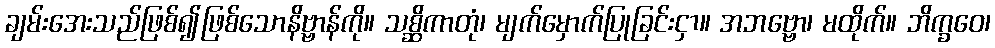
ချမ်းအေးသည်ဖြစ်၍ဖြစ်သောနိဗ္ဗာန်ကို။ သစ္ဆိကာတုံ၊ မျက်မှောက်ပြုခြင်းငှာ။ အဘဗ္ဗော၊ မထိုက်။ ဘိက္ခဝေ၊